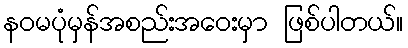
နဝမပုံမှန်အစည်းအဝေးမှာ ဖြစ်ပါတယ်။